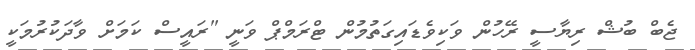
ޖެބް ބުޝް ރިޔާސީ ރޭހުން ވަކިވެޑައިގަތުމުން ޓްރަމްޕް ވަނީ "ރައީސް ކަމަށް ވާދަކުރުމަކީ